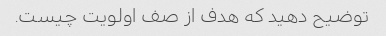
توضیح دهید که هدف از صف اولویت چیست.